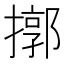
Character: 㨯